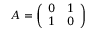
A = { \left( \begin{array} { l l } { 0 } & { 1 } \\ { 1 } & { 0 } \end{array} \right) }